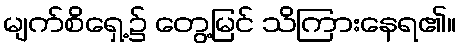
မျက်စိရှေ့၌ တွေ့မြင် သိကြားနေရ၏။